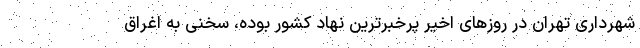
شهرداری تهران در روزهای اخیر پرخبرترین نهاد کشور بوده، سخنی به اغراق